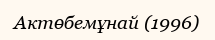
Актөбемұнай (1996)